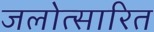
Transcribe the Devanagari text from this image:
जलोत्सारित